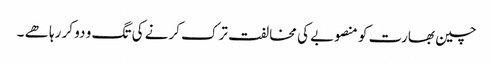
چین بھارت کو منصوبے کی مخالفت ترک کرنے کی تگ و دو کر رہا ھے ۔